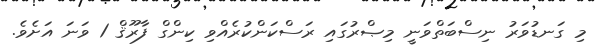
މި ގަނޑުވަރު ނިސްބަތްވަނީ މިޞްރުގައި ރަސްކަންކުރެއްވި ކިންގް ފާރޫޤް 1 ވަނަ އަށެވެ.